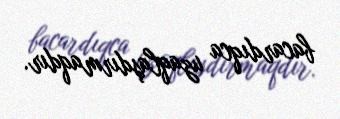
bacardıqca uzaqlaşdırmaqdır.